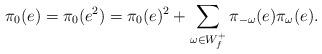
LaTeX: \begin{align*} \pi_0(e) = \pi_0(e^2) = \pi_0(e)^2 + \sum_{\omega\in W_f^+} \pi_{-\omega}(e)\pi_{\omega}(e) . \end{align*}